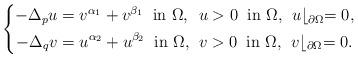
LaTeX: \begin{align*}\left\{\begin{alignedat}{2}-\Delta_p u & =v^{\alpha_1}+v^{\beta_1}\;\;\mbox{in $\Omega$,}\;\;&& u>0\;\;\mbox{in $\Omega$,}\;\; u\lfloor_{\partial\Omega}=0,\\-\Delta_q v & =u^{\alpha_2}+u^{\beta_2}\;\;\mbox{in $\Omega$,}\;\;&& v>0\;\;\mbox{in $\Omega$,}\;\; v\lfloor_{\partial\Omega}=0.\end{alignedat}\right.\end{align*}